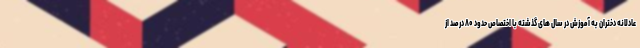
عادلانه دختران به آموزش در سال های گذشته با اختصاص حدود ۸۰ درصد از